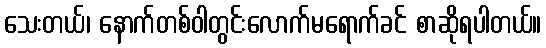
သေးတယ်၊ နောက်တစ်ဝါတွင်းလောက်မရောက်ခင် စာဆိုရပါတယ်။